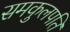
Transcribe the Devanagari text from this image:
समकुलपति